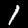
Label: 1